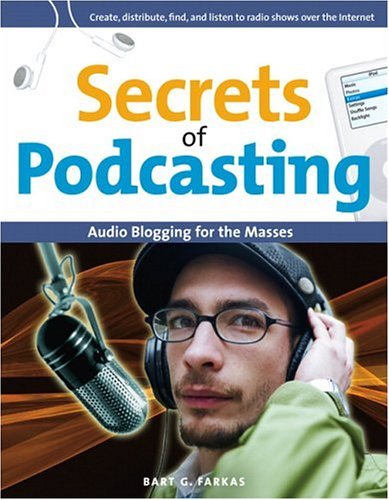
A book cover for Secrets of Podcasting: Audio Blogging for the Masses; Bart G. Farkas; Computers & Technology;